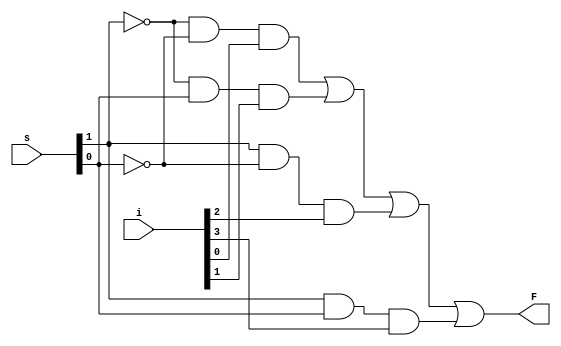
`timescale 1ns / 1ps
//////////////////////////////////////////////////////////////////////////////////
// Company: 
// Engineer: 
// 
// Design Name: 
// Module Name: mux_4x1
// Project Name: 
// Target Devices: 
// Tool Versions: 
// Description: 
// 
// Dependencies: 
// 
// Revision:
// Revision 0.01 - File Created
// Additional Comments:
// 
//////////////////////////////////////////////////////////////////////////////////


module mux_4x1(
    input[3:0] i,
    input[1:0] s,
    output F
    );
    assign F = (~s[1] & ~s[0] & i[0]) | (~s[1] & s[0] & i[1]) | (s[1] & ~s[0] & i[2]) | (s[1] & s[0] & i[3]); 
endmodule